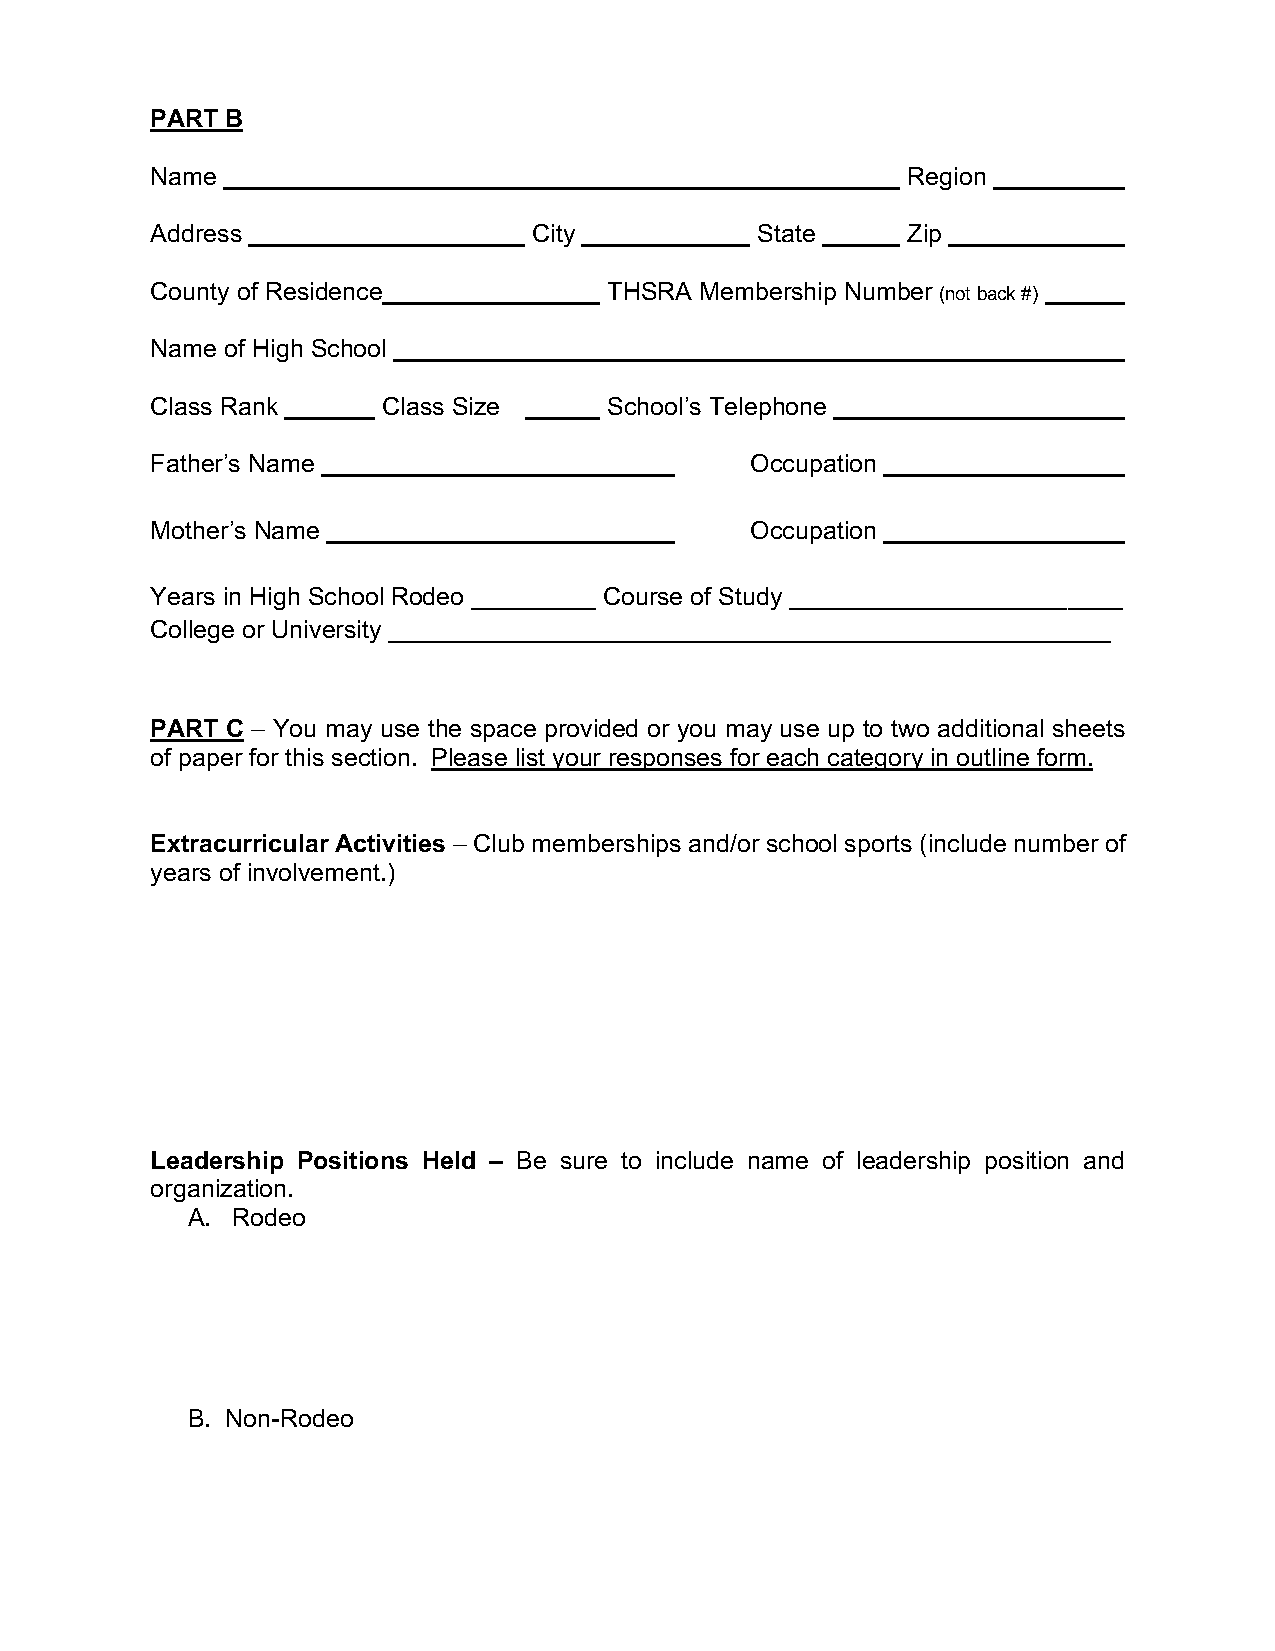
PART B
 Name                                              Region
 Address                  City           State     Zip
 County of Residence           THSRA Membership Number (not back #)
 Name of High School
 Class Rank     Class Size     School’s Telephone
 Father’s Name                           Occupation
 Mother’s Name                           Occupation
 Years in High School Rodeo _________ Course of Study ________________________
 College or University ____________________________________________________
 PART C – You may use the space provided or you may use up to two additional sheets
 of paper for this section. Please list your responses for each category in outline form.
 Extracurricular Activities – Club memberships and/or school sports (include number of
 years of involvement.)
 Leadership Positions Held – Be sure to include name of leadership position and
 organization.
 A. Rodeo
 B. Non-Rodeo